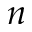
n